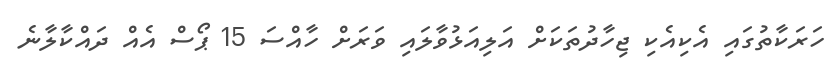
ހަރަކާތުގައި އެކިއެކި ޖިހާދުތަކަށް އަލިއަޅުވާލައި ވަރަށް ހާއްސަ 15 ޕޯސް އެއް ދައްކާލާނެ